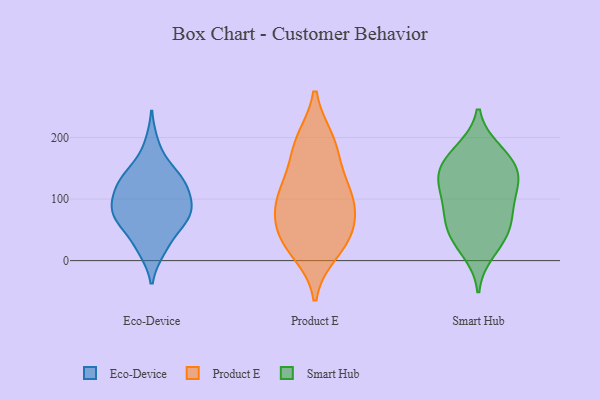
{"axis": {"x": "Revenue (USD Million)", "y": "Value"}, "legend": ["Eco-Device", "Product E", "Smart Hub"], "data": [{"x": "", "y": 109, "type": "Eco-Device"}, {"x": "", "y": 137, "type": "Eco-Device"}, {"x": "", "y": 147, "type": "Eco-Device"}, {"x": "", "y": 68, "type": "Eco-Device"}, {"x": "", "y": 67, "type": "Eco-Device"}, {"x": "", "y": 77, "type": "Eco-Device"}, {"x": "", "y": 94, "type": "Eco-Device"}, {"x": "", "y": 48, "type": "Eco-Device"}, {"x": "", "y": 72, "type": "Eco-Device"}, {"x": "", "y": 77, "type": "Eco-Device"}, {"x": "", "y": 17, "type": "Eco-Device"}, {"x": "", "y": 137, "type": "Eco-Device"}, {"x": "", "y": 126, "type": "Eco-Device"}, {"x": "", "y": 98, "type": "Eco-Device"}, {"x": "", "y": 119, "type": "Eco-Device"}, {"x": "", "y": 20, "type": "Eco-Device"}, {"x": "", "y": 189, "type": "Eco-Device"}, {"x": "", "y": 36, "type": "Product E"}, {"x": "", "y": 49, "type": "Product E"}, {"x": "", "y": 103, "type": "Product E"}, {"x": "", "y": 32, "type": "Product E"}, {"x": "", "y": 15, "type": "Product E"}, {"x": "", "y": 93, "type": "Product E"}, {"x": "", "y": 195, "type": "Product E"}, {"x": "", "y": 194, "type": "Product E"}, {"x": "", "y": 165, "type": "Product E"}, {"x": "", "y": 69, "type": "Product E"}, {"x": "", "y": 118, "type": "Product E"}, {"x": "", "y": 109, "type": "Product E"}, {"x": "", "y": 110, "type": "Smart Hub"}, {"x": "", "y": 87, "type": "Smart Hub"}, {"x": "", "y": 178, "type": "Smart Hub"}, {"x": "", "y": 142, "type": "Smart Hub"}, {"x": "", "y": 42, "type": "Smart Hub"}, {"x": "", "y": 59, "type": "Smart Hub"}, {"x": "", "y": 145, "type": "Smart Hub"}, {"x": "", "y": 36, "type": "Smart Hub"}, {"x": "", "y": 63, "type": "Smart Hub"}, {"x": "", "y": 157, "type": "Smart Hub"}, {"x": "", "y": 128, "type": "Smart Hub"}, {"x": "", "y": 135, "type": "Smart Hub"}, {"x": "", "y": 180, "type": "Smart Hub"}, {"x": "", "y": 14, "type": "Smart Hub"}, {"x": "", "y": 93, "type": "Smart Hub"}]}